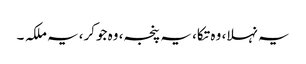
یہ نہلا، وہ تکا، یہ پنجہ، وہ جوکر، یہ ملکہ ۔